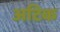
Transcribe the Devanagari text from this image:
अटिक